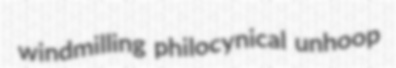
windmilling philocynical unhoop